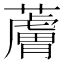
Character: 𧀴